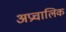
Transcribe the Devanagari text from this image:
अप्रचालिक